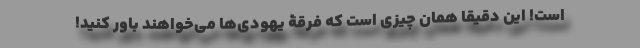
است! این دقیقاً همان چیزی است که فرقۀ یهودی‌ها می‌خواهند باور کنید!